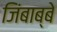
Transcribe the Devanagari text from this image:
जिंबाब्बे